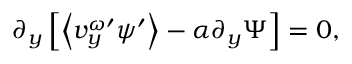
\partial _ { y } \left[ \left\langle v _ { y } ^ { \omega \prime } \psi ^ { \prime } \right\rangle - \alpha \partial _ { y } \Psi \right] = 0 ,